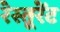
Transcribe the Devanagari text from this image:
रेस्तूरेंट